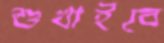
শুখাইবে